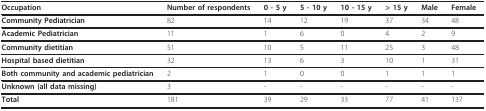
<table><thead><tr><td><b>Occupation</b></td><td><b>Number of respondents</b></td><td><b>0 - 5 y</b></td><td><b>5 - 10 y</b></td><td><b>10 - 15 y</b></td><td><b>&gt; 15 y</b></td><td><b>Male</b></td><td><b>Female</b></td></tr></thead><tbody><tr><td><b>Community Pediatrician</b></td><td>82</td><td>14</td><td>12</td><td>19</td><td>37</td><td>34</td><td>48</td></tr><tr><td><b>Academic Pediatrician</b></td><td>11</td><td>1</td><td>6</td><td>0</td><td>4</td><td>2</td><td>9</td></tr><tr><td><b>Community dietitian</b></td><td>51</td><td>10</td><td>5</td><td>11</td><td>25</td><td>3</td><td>48</td></tr><tr><td><b>Hospital based dietitian</b></td><td>32</td><td>13</td><td>6</td><td>3</td><td>10</td><td>1</td><td>31</td></tr><tr><td><b>Both community and academic pediatrician</b></td><td>2</td><td>1</td><td>0</td><td>0</td><td>1</td><td>1</td><td>1</td></tr><tr><td><b>Unknown (all data missing)</b></td><td>3</td><td>-</td><td>-</td><td>-</td><td>-</td><td>-</td><td>-</td></tr><tr><td><b>Total</b></td><td>181</td><td>39</td><td>29</td><td>33</td><td>77</td><td>41</td><td>137</td></tr></tbody></table>